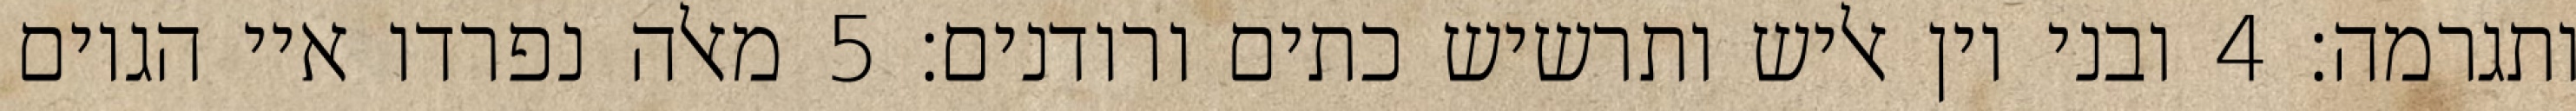
ותגרמה׃ ‎4‏ ובני יון אליש ותרשיש כתים ורודנים׃ ‎5‏ מאלה נפרדו איי הגוים